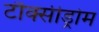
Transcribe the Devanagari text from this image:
टौक्सीड्रोम